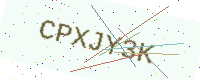
Text: CPXJY3K